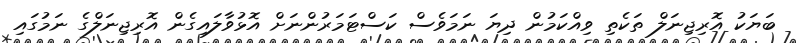
ބަޔަކު އޮރިޖިނަލް ތަކެތި ވިއްކަމުން ދިޔަ ނަމަވެސް ކަސްޓަމަރުންނަށް އޮޅުވާލައިގެން އޮރިޖިނަލްގެ ނަމުގައި